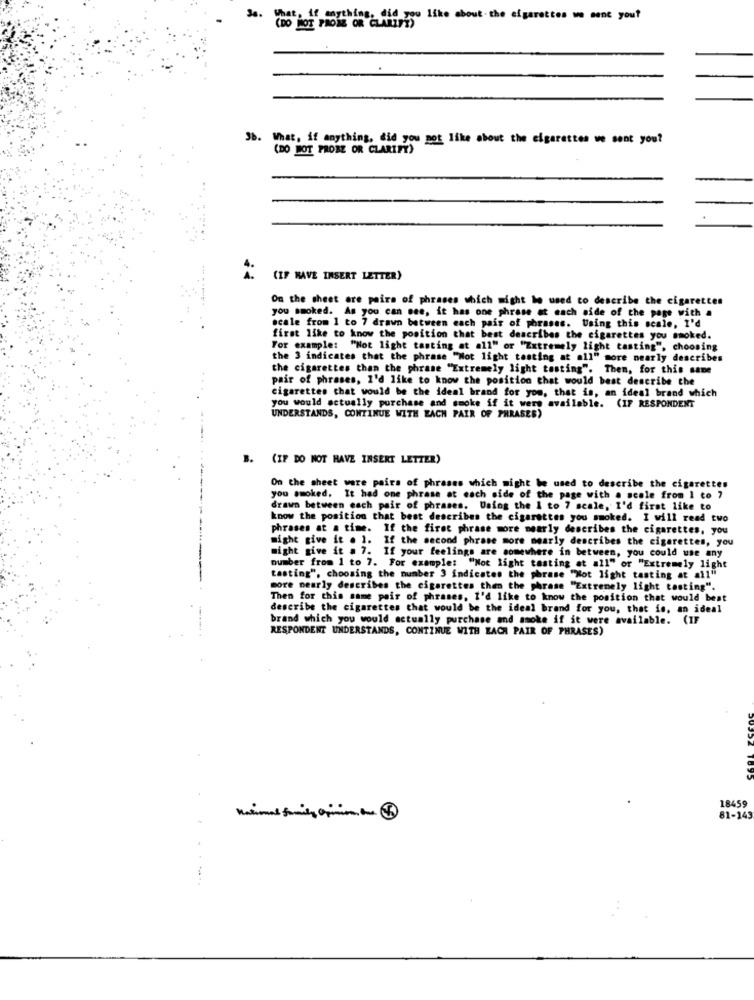
36.
Chat. if anything. did you like about. the cigarettes we sent you?
(DO NOT PROME OR CLARIFY)
.
Jb. What, if anything, did you not like about the cigarettes we sent you?
(DO BOT PROBE OR CLARIFY)
(IF HAVE INSERT LETTER)
On the sheet are pairs of phrases which might be used to describe the cigarettes
you smoked. As you can see, it has one phrase at each side of the page with a
scale from 1 to 7 drawn between each pair of phrases. Using this scale, I'd
first like to know the position that best describes the cigarettes you smoked.
For example: "Not light tasting at all" or "Extremely light tasting", choosing
the 3 indicates that the phrase "Not light testing at all" more nearly describes
the cigarettes than the phrase "Extremely light testing". Then, for this same
pair of phrases, I'd like to know the position that would best describe the
cigarettes that would be the ideal brand for you, that is, an ideal brand which
you would actually purchase and smoke if it were available. (IF RESPONDENT
UNDERSTANDS, CONTINUE WITH EACH PAIR OF PHRASES)
B. (IF DO NOT HAVE INSERT LETTER)
On the sheet were pairs of phrases which might be used to describe the cigarettes
you smoked. It had one phrase at each side of the page with a scale from 1 to ?
drawn between each pair of phrases. Using the 1 to 7 scale, I'd first like to
know the position that best describes the cigarettes you smoked. I will read two
phrases at a time. If the first phrase more nearly describes the cigarettes, you
might give it . 1. If the second phrase more nearly describes the cigarettes, you
might give it . 7. If your feelings are somewhere in between, you could use any
number from 1 to 7. For example: "Not light tasting at all" or "Extremely light
tasting", choosing the number 3 indicates the phrase "Not light tasting at all"
more nearly describes the cigarettes then the phrase "Extremely light tasting".
Then for this same pair of phrases, I'd like to know the position that would best
describe the cigarettes that would be the ideal brand for you, that is, an ideal
brand which you would actually purchase and smoke if it were available. (IF
RESPONDENT UNDERSTANDS, CONTINUE WITH EACH PAIR OF PHRASES)
18459
81-145